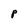
Character: P